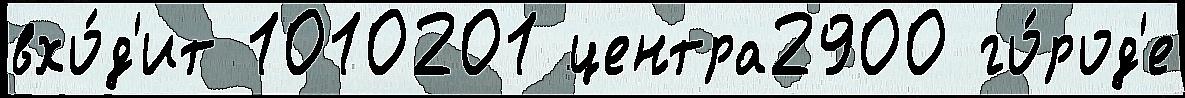
вхо́д'ит 1010201 центра2900 го́род'е